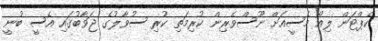
ކެޕްޓަން ލިއޯ މެސީއަށް ނޫސްވެރިން ކުރިމަތި ކުރި ސުވާލުގެ ޖަވާބުގައި އެސީ ބުނީ